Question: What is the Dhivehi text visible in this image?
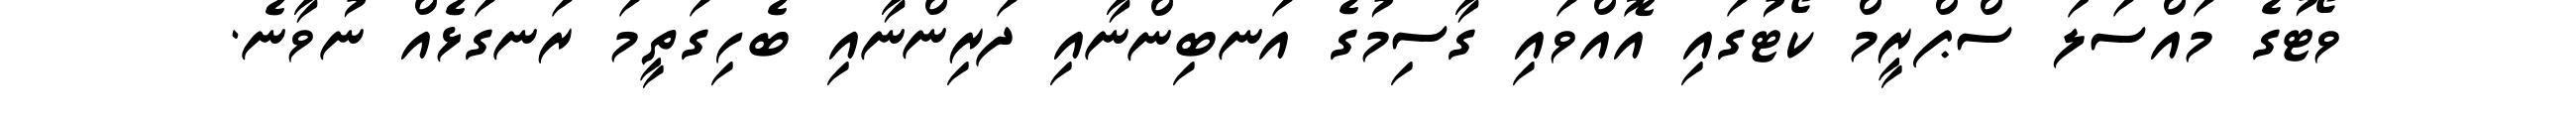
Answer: ވޯޓުގެ މައްސަލަ ސްޕްރީމް ކޯޓުގައި އޮއްވައި ގާސިމުގެ އަނބިންނާއި ދަރިންނާއި ބެހިގަތީމަ ރަނގަޅެއް ނުވާނެ.